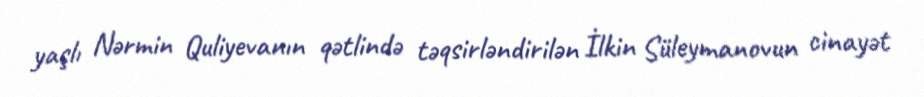
yaşlı Nərmin Quliyevanın qətlində təqsirləndirilən İlkin Süleymanovun cinayət